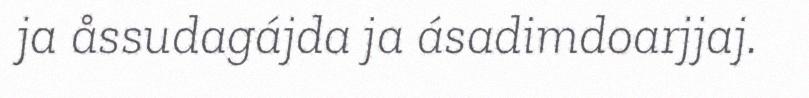
ja åssudagájda ja ásadimdoarjjaj.